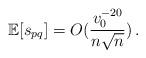
LaTeX: \begin{align*}\mathbb{E}[ s_{pq}] =O(\frac{v_0^{-20}}{n \sqrt{n}})\,.\end{align*}